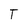
Character: T